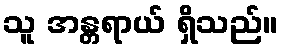
သူ အန္တရာယ် ရှိသည်။